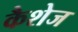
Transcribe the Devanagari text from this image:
कैशेज